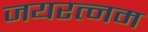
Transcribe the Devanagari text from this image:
जयरत्नम